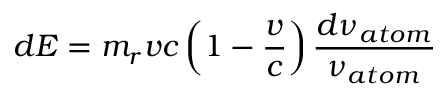
d E = m _ { r } v c \left( 1 - \frac { v } { c } \right) \frac { d \nu _ { a t o m } } { \nu _ { a t o m } }